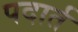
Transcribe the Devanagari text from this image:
पदार्त